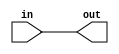
module top_module (
    input wire in,   // Input signal
    output wire out  // Output signal
);
    // Direct wire connection
    assign out = in;
endmodule